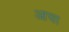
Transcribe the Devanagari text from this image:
आचा